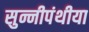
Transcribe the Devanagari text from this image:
सुन्नीपंथीया